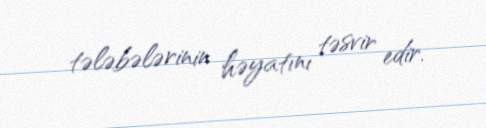
tələbələrinin həyatını təsvir edir.